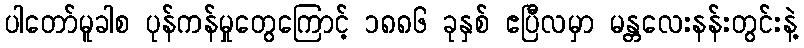
ပါတော်မူခါစ ပုန်ကန်မှုတွေကြောင့် ၁၈၈၆ ခုနှစ် ဧပြီလမှာ မန္တလေးနန်းတွင်းနဲ့